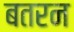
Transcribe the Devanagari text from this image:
बतरन